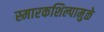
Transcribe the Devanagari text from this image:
स्मारकशिल्पामुळे